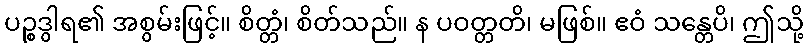
ပဉ္စဒွါရ၏ အစွမ်းဖြင့်။ စိတ္တံ၊ စိတ်သည်။ န ပဝတ္တတိ၊ မဖြစ်။ ဧဝံ သန္တေပိ၊ ဤသို့